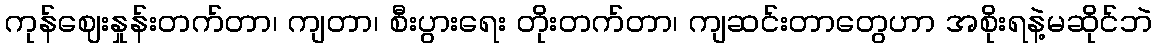
ကုန်ဈေးနှုန်းတက်တာ၊ ကျတာ၊ စီးပွားရေး တိုးတက်တာ၊ ကျဆင်းတာတွေဟာ အစိုးရနဲ့မဆိုင်ဘဲ